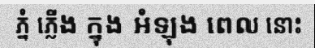
ភ្នំ ភ្លើង ក្នុង អំឡុង ពេល នោះ